Report of the Municipal Commissioner on the plague in Bombay for the year ending 31st May... - Volume 2
Disease focus: Plague
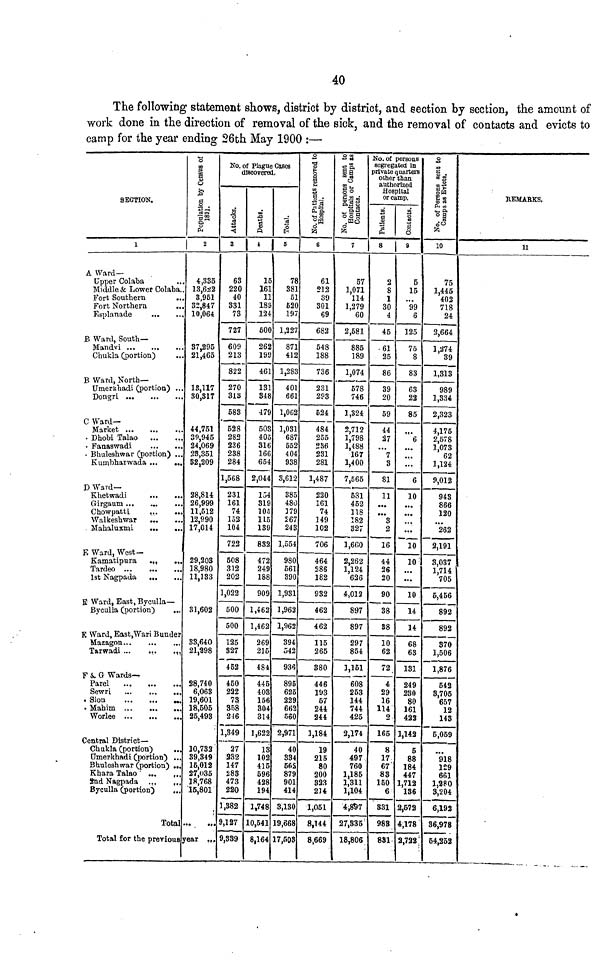
40
The following statement shows, district by district, and section by section, the amount of
work done in the direction of removal of the sick, and the removal of contacts and evicts to
camp for the year ending 26th May 1900 :—
SECTION.
1
A Ward —
Upper Colaba
Middle & Lower Colaba..
Fort Southern
...
Fort Northern
Esplanade
...
..,
B Ward, South—
Mandvi
Chukla (portion)
B Ward, North—
Umerkhadi (portion) .,.
Dongri. ...
...
C Ward-
Market
• Dhobi Talao
• Fanaswadi
• Bhuleshwar (portion) ...
Kumbharwada
D Ward—
Khetwadi
...
...
Girgaum
Chowpatti
Walkeshwar
MahaluxmL
...
...
E Ward, West-
Kamatipura
.,,
...
Tardeo
1st Nagpada
E Ward, East, Byculla—
Byculla (portion)
K Ward, East,Wari Bunder
Mazagon
Tarwadi ...
...
.,.
F &. G Wards—
Parel
..,
,
Sewri
Sion
M .
Mahim ...
...
...
Worlee
Central District—
Chukla (portion)
Umerkhadi (portion) ...
Bhulesh war (portion) ...
Khara Talao ' ...
2nd Nagpada ...
„,
Byculla (portion)
Total
Total for the previous
Population by Census of
1891.
«
4,335
13,622
3,951
32,847
10,064
37,295
21,465
13,117
30,817
44,751
39,945
24,069
28,351
82,209
28,814
26,999
11,512
12,990
17,014
29,203
18,980
11,133
31,602
33,640
21,298
28,740
6,063
19,601
18,505
25,493
10,732
39,349
16,012
27,035
18,768
15,801
year .,
No. of Plague Gases
discovered,
3 | 1 | 5
63
220
40
331
73
727
609
213
822
270
SIS
583
528
283
236
238
284
1,568
231
161
74
152
104
722
508
312
202
1,022
500
500
125
827
452
450
222
73
858
246
1,349
27
232
147
283
473
220
1,382
9,127
9,889
15
161
11
189
124
600
262
199
461
131
348
479
503
405
316
166
654
2,044
154
319
105
115
139
832
472
249
188
909
1,462
1,462
269
215
484
445
403
156
304
314
1,622
13
102
415
596
428
194
1,748
10,541
8,164
78
381
51
620
197
1,227
871
412
1,283
401
661
1,OC2
1,031
687
552
404
938
3,612
385
480
379
267
243
1,554
980
561
390
1,981
1,962
1,962
394
542
936
895
625
229
662
560
2,971
40
334
60S
879
901
414
3,130
19,668
17,508
No. of Patients removed to
Hospital.
6
61
212
39
301
69
682
548
188
736
231
293
524
484
255
286
231
281
1,487
220
161
74
149
102
706
464
286
182
932
462
462
115
265
880
446
193
57
244
244
1,184
19
215
80
200
323
2] 4
1,051
8,144
8,669
No. of persons sent to
Hospitals or Gamps as
Contacts.
7
57
1,071
114
1,279
60
2,581
885
189
1,074
578
746
1,324
2,712
1,798
1,488
167
1,400
7,565
531
452
118
182
327
1,660
2,262
1,124
626
4,012
897
897
297
854
1,161
608
253
144
744
425
2,174
40
497
760
1,185
1,311
1,104
4,857
27,335
18,806
No. of persons
segregated in
private quarters
other than
authorized
Hospital
or camp.
8
2
8
1
30
4
45
61
25
86
39
20
59
44
27
...
7
3
81
11
...
...
3
2
16
44
26
20
90
38
38
10
62
72
4
29
16
114
2
165
8
17
67
83
150
6
831
983
881
9
5
15
...
99
6
125
75
8
83
63
22
85
»««
6
...
...
...
6
10
...
••»
...
7o1
0
...
...
10
14
14
68
63
131
249
230
80
161
422
1,142
5
88
184
447
1,712
136
2,672
4,178
2,722
No. of Persons sent to
Camps as Evicts.
10
75
1,445
402
718
24
2,664
1,^74
39
1,313
989
1,334
2,323
4,175
2,578
1,073
62
1,124
9,012
943
866
120
• »•
262
2,191
3,037
1,714
705
5,456
892
892
370
1,506
1,876
542
3,705
657
12
143
5,059
918
129
661
1,280
3,204
6,192
36,978
54,252
REMARKS.